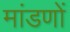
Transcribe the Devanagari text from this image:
मांडणों